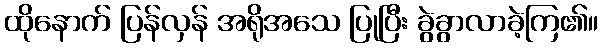
ထိုနောက် ပြန်လှန် အရိုအသေ ပြုပြီး ခွဲခွာလာခဲ့ကြ၏။